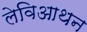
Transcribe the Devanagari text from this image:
लेविआथन